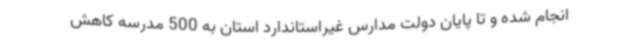
انجام شده و تا پایان دولت مدارس غیراستاندارد استان به 500 مدرسه کاهش